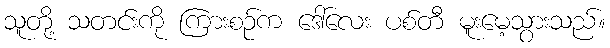
သူတို့ သတင်းကို ကြားစဉ်က ဒေါ်လေး ပစ်တီ မူးမေ့သွားသည်။